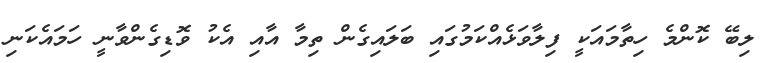
ލިބޭ ކޮންމެ ހިތާމައަކީ ފިލާވަޅެއްކަމުގައި ބަލައިގެން ތިމާ އާއި އެކު ވޮޑިގެންވާނީ ހަމައެކަނި